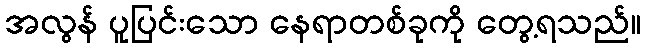
အလွန် ပူပြင်းသော နေရာတစ်ခုကို တွေ့ရသည်။